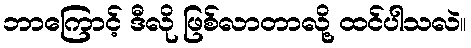
ဘာကြောင့် ဒီလို ဖြစ်လာတာလို့ ထင်ပါသလဲ။